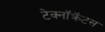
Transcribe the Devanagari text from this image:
टेक्नॉक्रॅटस